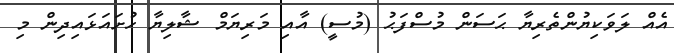
އެއް ލަވަކިޔުންތެރިޔާ ޙަސަން މުސްފަޙު (މުސީ) އާއި މަރިޔަމް ޝާލިޔާ ހުށައަޅައިދިން މި